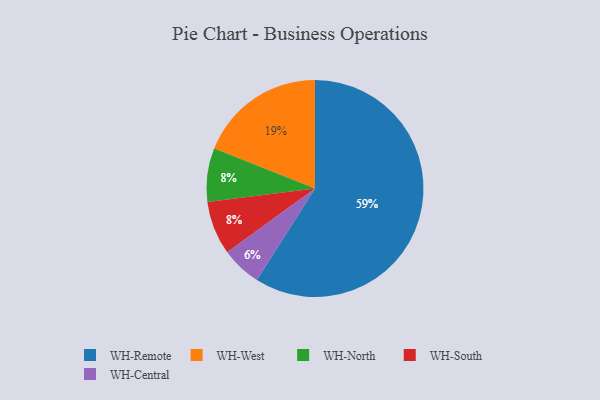
{"axis": {"x": "Category", "y": "Percentage"}, "legend": ["WH-Central", "WH-North", "WH-Remote", "WH-South", "WH-West"], "data": [{"x": "WH-North", "y": 8, "type": "WH-North"}, {"x": "WH-Central", "y": 6, "type": "WH-Central"}, {"x": "WH-Remote", "y": 59, "type": "WH-Remote"}, {"x": "WH-West", "y": 19, "type": "WH-West"}, {"x": "WH-South", "y": 8, "type": "WH-South"}]}